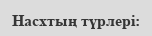
Насхтың түрлері: